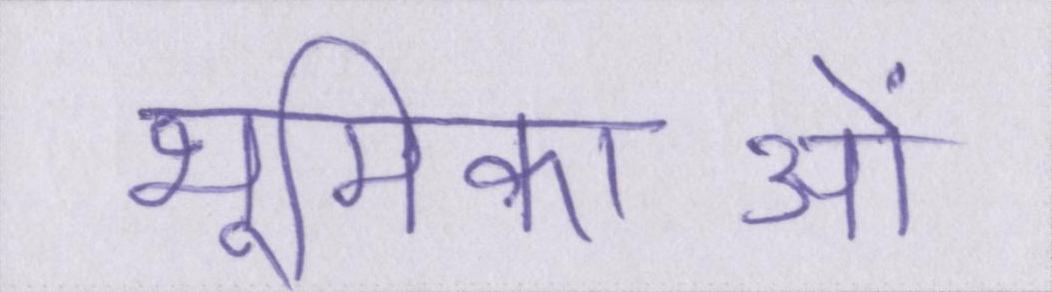
भूमिकाओं